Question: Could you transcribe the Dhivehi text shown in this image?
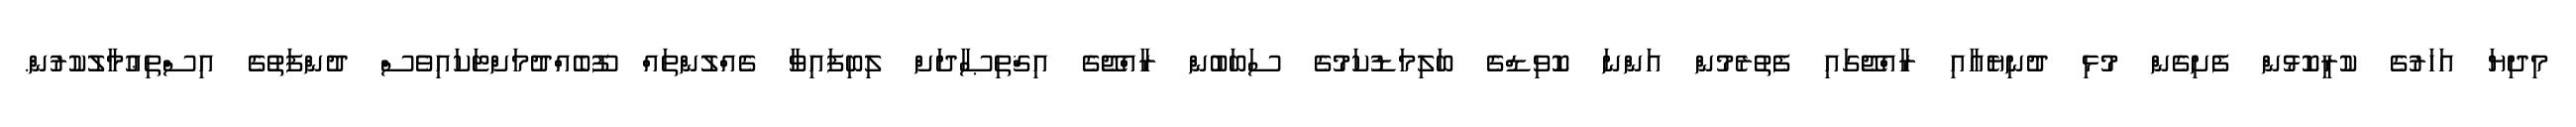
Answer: މިދިޔަ އަހަރުގެ ކުރީކޮޅުން ފެށިގެން މުޅި ދުނިޔެއާއި ރާއްޖޭގައި ފެތުރެމުން އަންނަ ކޮވިޑްގެ ބަލިމަޑުކަމުގެ ސަބަބުން ރާއްޖޭގެ އިޤްތިޞާދަށް ލިބިފައިވާ ގެއްލުންތައް ފޫބެއްދުމަށްޓަކައިވެސް ދުންފަތުގެ އިސްތިޢުމާލުކުރުން.